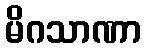
မိဂသာဏာ